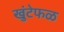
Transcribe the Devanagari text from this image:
खुंटेफळ